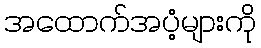
အထောက်အပံ့များကို